Leaving Certificate Examination (including Day School Certificate (Higher) General paper), 1931
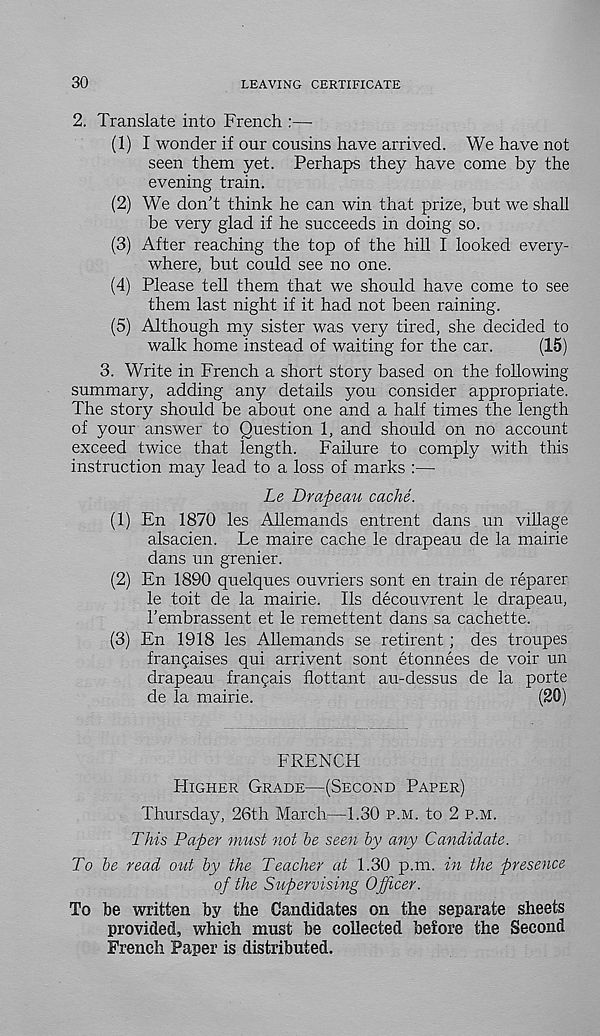
30
LEAVING CERTIFICATE
2. Translate into French :—
(1) I wonder if our cousins have arrived. We have not
seen them yet. Perhaps they have come by the
evening train.
(2) We don’t think he can win that prize, but we shall
be very glad if he succeeds in doing so.
(3) After reaching the top of the hill I looked every-
where, but could see no one.
(4) Please tell them that we should have come to see
them last night if it had not been raining.
(5) Although my sister was very tired, she decided to
walk home instead of waiting for the car.
(15)
3. Write in French a short story based on the following
summary, adding any details you consider appropriate.
The story should be about one and a half times the length
of your answer to Question 1, and should on no account
exceed twice that length. Failure to comply with this
instruction may lead to a loss of marks :—
Le Drapeau cache.
(1) En 1870 les Allemands entrent dans un village
alsacien. Le maire cache le drapeau de la mairie
dans un grenier.
(2) En 1890 quelques ouvriers sont en train de reparer
le toit de la mairie. Ils decouvrent le drapeau,
I’embrassent et le remettent dans sa cachette.
(3) En 1918 les Allemands se retirent; des troupes
fran^aises qui arrivent sont etonnees de voir un
drapeau frangais flottant au-dessus de la porte
de la mairie.
(20)
FRENCH
Higher Grade—(Second Paper)
Thursday, 26th March—1.30 p.m. to 2 p.m.
This Paper must not be seen by any Candidate.
To be read out by the Teacher at 1.30 p.m. in the presence
of the Supervising Officer.
To be written by the Candidates on the separate sheets
provided, which must be collected before the Second
French Paper is distributed.